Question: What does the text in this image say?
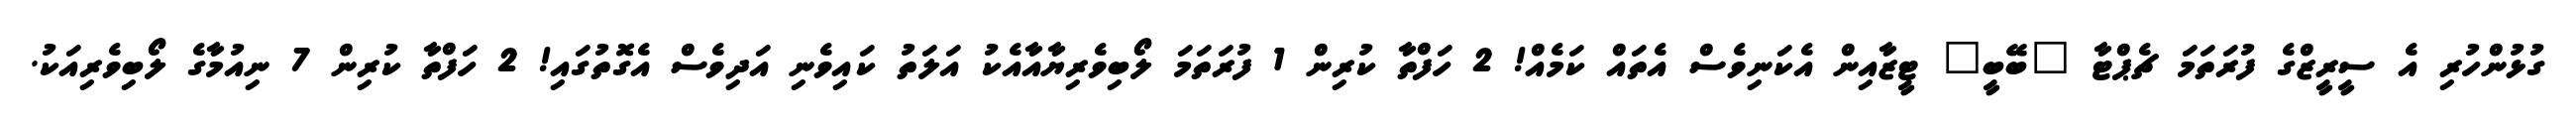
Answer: ގުޅުންހުރި އެ ސީރީޒްގެ ފުރަތަމަ ޗެޕްޓާ "ބޭބީ" ޓީޒާއިން އެކަނިވެސް އެތައް ކަމެއް! 2 ހަފްތާ ކުރިން 1 ފުރަތަމަ ލޯބިވެރިޔާއާއެކު އަލަތު ކައިވެނި އަދިވެސް އެގޮތުގައި! 2 ހަފްތާ ކުރިން 7 ނިއުމާގެ ލޯބިވެރިއަކު.